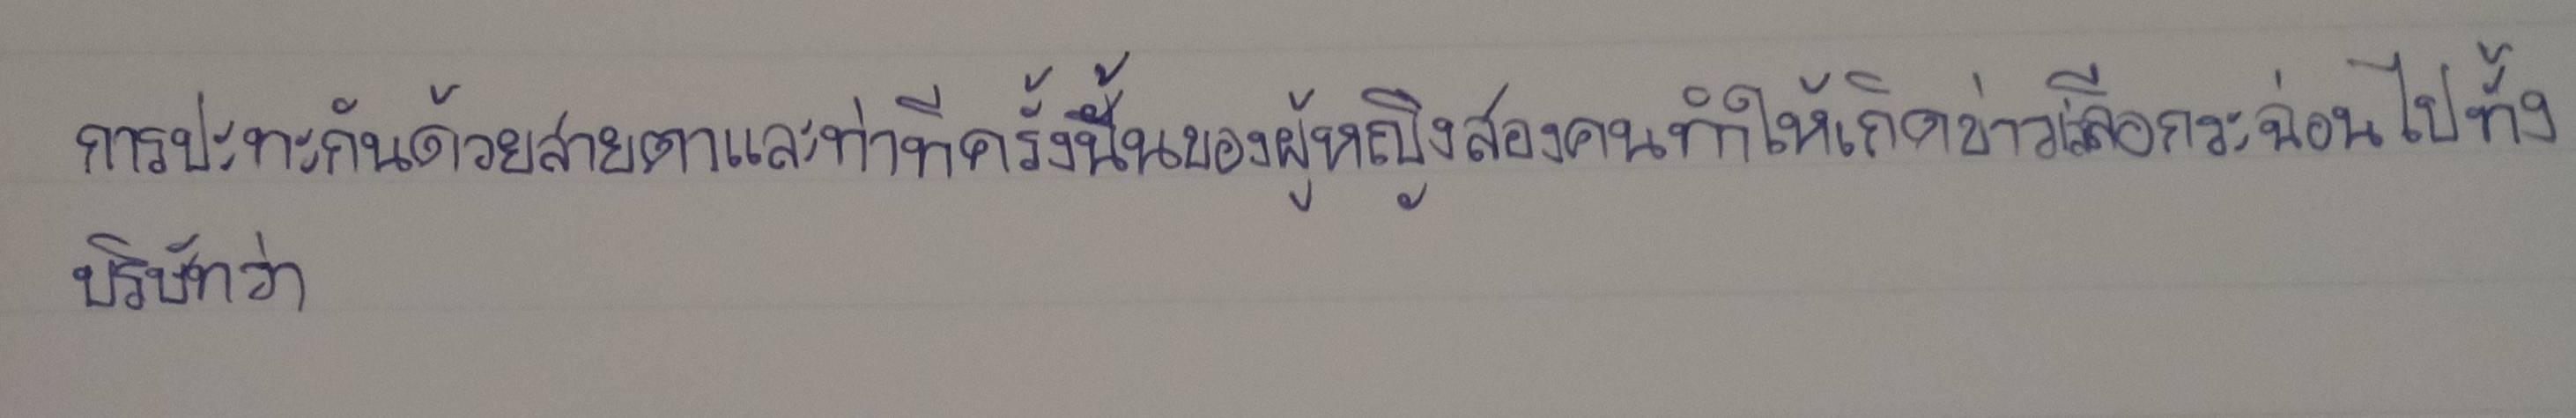
การปะทะกันด้วยสายตาและท่าทีครั้งนั้นของผู้หญิงสองคนทำให้เกิดข่าวเล่าลือกระฉ่อนไปทั้งบริษัทว่า